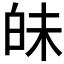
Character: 𤽜